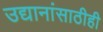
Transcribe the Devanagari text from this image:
उद्यानांसाठीही